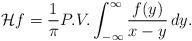
LaTeX: \begin{align*}\mathcal H f=\frac{1}{\pi} P.V. \int_{-\infty}^{\infty}\frac{f(y)}{x-y}\, dy.\end{align*}